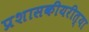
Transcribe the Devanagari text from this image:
प्रशासकीयरीत्या